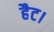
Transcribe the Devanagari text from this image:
हैट।